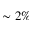
\sim 2 \%